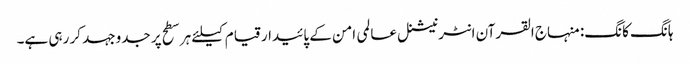
ہانگ کانگ: منہاج القرآن انٹرنیشنل عالمی امن کے پائیدار قیام کیلئے ہر سطح پر جدوجہد کر رہی ہے۔